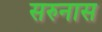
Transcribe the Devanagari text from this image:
सरुनास